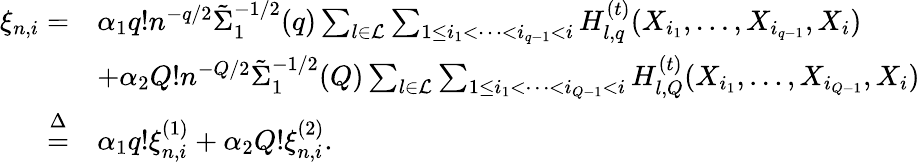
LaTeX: \begin{array}{rl}{\xi_{n,i}=}&{\alpha_{1}q!n^{-q/2}\tilde{\Sigma}_{1}^{-1/2}(q)\sum_{l\in\mathcal{L}}\sum_{1\le i_{1}<\cdots<i_{q-1}<i}H_{l,q}^{(t)}(X_{i_{1}},\ldots,X_{i_{q-1}},X_{i})}\\ &{+\alpha_{2}Q!n^{-Q/2}\tilde{\Sigma}_{1}^{-1/2}(Q)\sum_{l\in\mathcal{L}}\sum_{1\le i_{1}<\cdots<i_{Q-1}<i}H_{l,Q}^{(t)}(X_{i_{1}},\ldots,X_{i_{Q-1}},X_{i})}\\ {\overset{\Delta}{=}}&{\alpha_{1}q!\xi_{n,i}^{(1)}+\alpha_{2}Q!\xi_{n,i}^{(2)}.}\end{array}